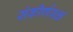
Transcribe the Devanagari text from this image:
संकीर्णवक्ष